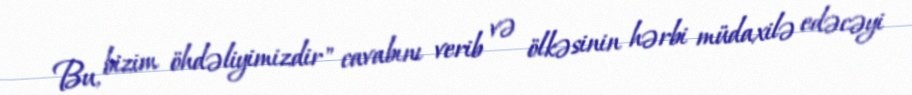
Bu, bizim öhdəliyimizdir" cavabını verib və ölkəsinin hərbi müdaxilə edəcəyi